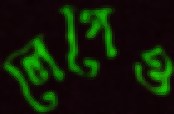
লেগেও